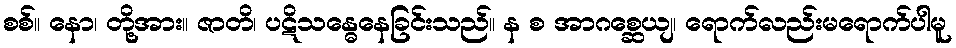
စစ်။ နော၊ တို့အား။ ဇာတိ၊ ပဋိသန္ဓေနေခြင်းသည်။ န စ အာဂစ္ဆေယျ၊ ရောက်လည်းမရောက်ပါမူ